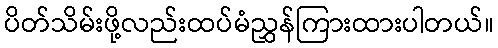
ပိတ်သိမ်းဖို့လည်းထပ်မံညွှန်ကြားထားပါတယ်။